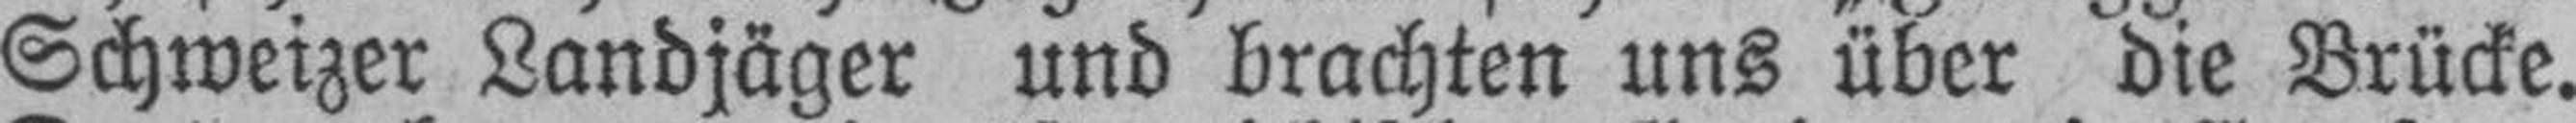
Schweizer Landjäger und brachten uns über die Brücke.